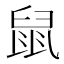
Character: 鼠